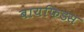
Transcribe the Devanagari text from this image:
बायफिडस